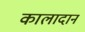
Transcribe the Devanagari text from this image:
कालादान